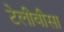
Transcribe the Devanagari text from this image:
टेलीवीसा